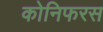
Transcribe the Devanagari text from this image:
कोनिफरस